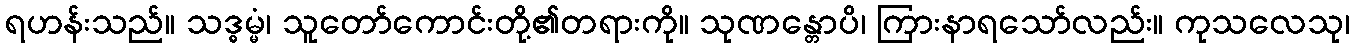
ရဟန်းသည်။ သဒ္ဓမ္မံ၊ သူတော်ကောင်းတို့၏တရားကို။ သုဏန္တောပိ၊ ကြားနာရသော်လည်း။ ကုသလေသု၊